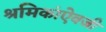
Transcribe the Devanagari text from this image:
श्रमिकांऐवजी